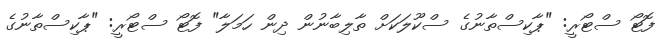
ފޮޓޯ ސްޓޯރީ: "ޕާކިސްތާނުގެ ސްކޫލަކަށް ތާލިބާނުން ދިން ހަމަލާ" ފޮޓޯ ސްޓޯރީ: "ޕާކިސްތާނުގެ